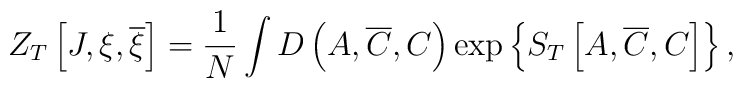
Z_T\left[ J,\xi,\overline{\xi }\right] =\frac 1N\int D\left(A,\overline{C},C\right) \exp \left\{ S_T\left[A,\overline{C},C\right] \right\},